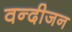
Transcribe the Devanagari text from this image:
वन्दीजन